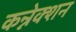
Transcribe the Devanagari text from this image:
कन्नेक्शन